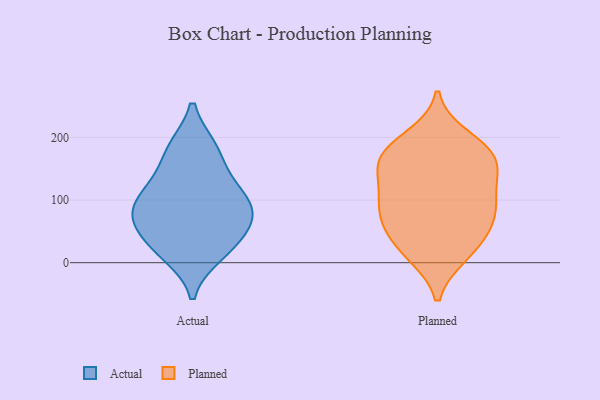
{"axis": {"x": "Headcount", "y": "Value"}, "legend": ["Actual", "Planned"], "data": [{"x": "", "y": 21, "type": "Actual"}, {"x": "", "y": 13, "type": "Actual"}, {"x": "", "y": 108, "type": "Actual"}, {"x": "", "y": 81, "type": "Actual"}, {"x": "", "y": 65, "type": "Actual"}, {"x": "", "y": 71, "type": "Actual"}, {"x": "", "y": 183, "type": "Actual"}, {"x": "", "y": 183, "type": "Actual"}, {"x": "", "y": 81, "type": "Actual"}, {"x": "", "y": 37, "type": "Actual"}, {"x": "", "y": 137, "type": "Actual"}, {"x": "", "y": 114, "type": "Actual"}, {"x": "", "y": 13, "type": "Planned"}, {"x": "", "y": 109, "type": "Planned"}, {"x": "", "y": 164, "type": "Planned"}, {"x": "", "y": 67, "type": "Planned"}, {"x": "", "y": 50, "type": "Planned"}, {"x": "", "y": 13, "type": "Planned"}, {"x": "", "y": 87, "type": "Planned"}, {"x": "", "y": 88, "type": "Planned"}, {"x": "", "y": 159, "type": "Planned"}, {"x": "", "y": 200, "type": "Planned"}, {"x": "", "y": 138, "type": "Planned"}, {"x": "", "y": 76, "type": "Planned"}, {"x": "", "y": 121, "type": "Planned"}, {"x": "", "y": 34, "type": "Planned"}, {"x": "", "y": 163, "type": "Planned"}, {"x": "", "y": 181, "type": "Planned"}, {"x": "", "y": 181, "type": "Planned"}]}